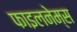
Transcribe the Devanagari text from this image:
फाइलनेम्स